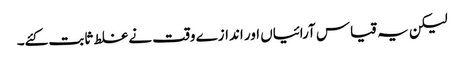
لیکن یہ قیاس آرائیاں اور اندازے وقت نے غلط ثابت کئے۔